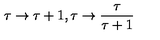
\tau \rightarrow \tau + 1 , \tau \rightarrow \frac { \tau } { \tau + 1 }